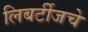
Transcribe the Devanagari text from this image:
लिबर्टीजचे